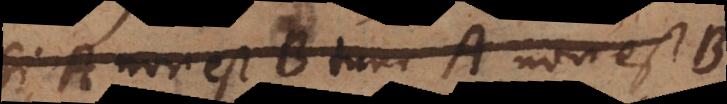
si A (non) est B tunc C (non) est D.